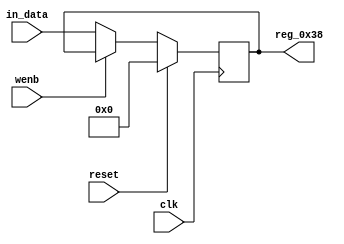
module r_RX_BUF_OBJ2_BYTE_0(output reg [7:0] reg_0x38, input wire reset, input wire wenb, input wire [7:0] in_data, input wire clk);
	always@(posedge clk)
	begin
		if(reset==0) begin
			if(wenb==0)
				reg_0x38<=in_data;
			else
				reg_0x38<=reg_0x38;
		end
		else
			reg_0x38<=8'h00;
	end
endmodule